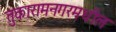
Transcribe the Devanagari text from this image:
तुकारामनगरमधील